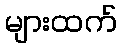
များထက်